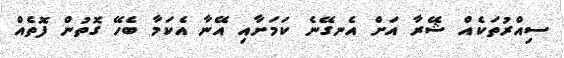
ސިއްރުތަކެއް ޝޭރާ އަށް އެނގޭނެ ކަމަށާއި އޭނާ އެކަމާ ބެހޭ ގޮތުން ފޮތެއް